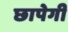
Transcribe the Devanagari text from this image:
छापेगी